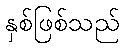
နှစ်ဖြစ်သည်